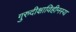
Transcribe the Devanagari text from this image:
गुरुदीक्षाविहीनस्य